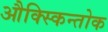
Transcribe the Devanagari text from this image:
औक्स्किन्तोक